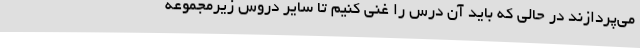
می‌پردازند در حالی که باید آن درس را غنی کنیم تا سایر دروس زیرمجموعه